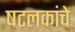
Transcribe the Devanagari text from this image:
षटलकांचे